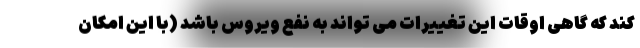
کند که گاهی اوقات این تغییرات می تواند به نفع ویروس باشد (با این امکان